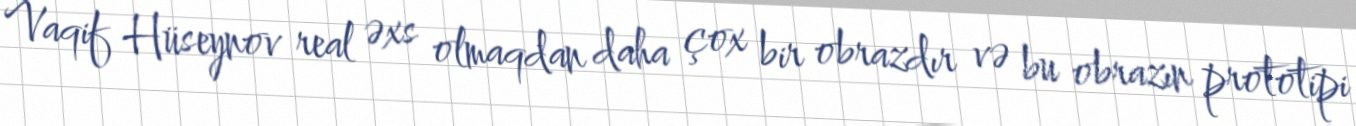
Vaqif Hüseynov real əxs olmaqdan daha çox bir obrazdır və bu obrazın prototipi